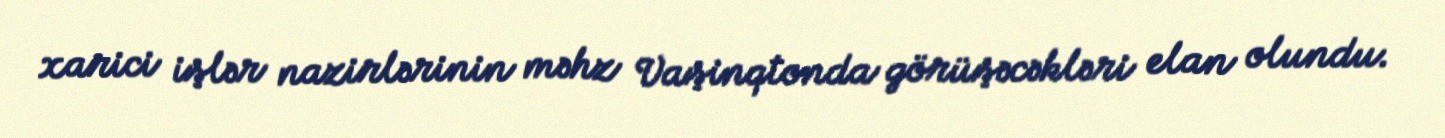
xarici işlər nazirlərinin məhz Vaşinqtonda görüşəcəkləri elan olundu.